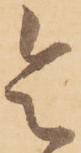
令